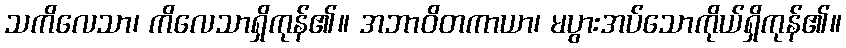
သကိလေသာ၊ ကိလေသာရှိကုန်၏။ အဘာဝိတကာယာ၊ မပွားအပ်သောကိုယ်ရှိကုန်၏။